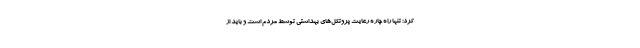
کرد: تنها راه چاره رعایت پروتکل‌های بهداشتی توسط مردم است و باید از